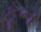
કૂન